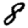
Digit: 8